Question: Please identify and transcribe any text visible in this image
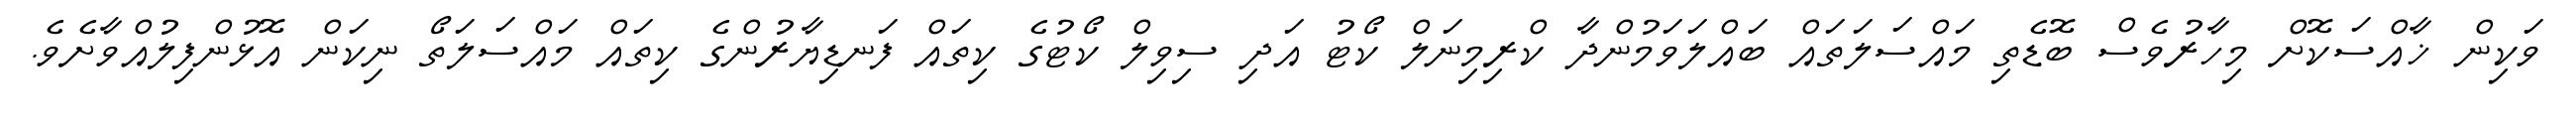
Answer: ވަކިން ޚާއްސަކޮށް މިހާރުވެސް ބޮޑެތި މައްސަލަތައް ބައްލަވަމުންދާ ކްރިމިނަލް ކޯޓު އަދި ސިވިލް ކޯޓުގެ ކިތައް ފަނޑިޔާރުންގެ ކިތައް މައްސަލަތޯ ނިކަން އޮޅުންފިލުއްވާށެވެ.